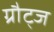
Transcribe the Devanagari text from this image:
ग्रौट्ज